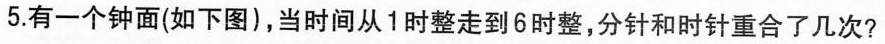
5.有一个钟面(如下图)，当时间从1时整走到6时整，分针和时针重合了几次?